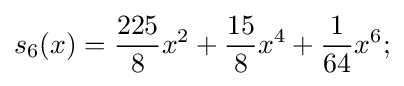
s_{6}(x)={\frac {225}{8}}x^{2}+{\frac {15}{8}}x^{4}+{\frac {1}{64}}x^{6};